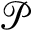
\mathcal P